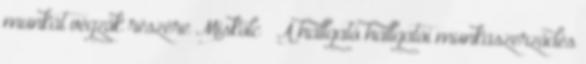
munkát végzők részére Miskolc – A hallgató hallgatói munkaszerződés